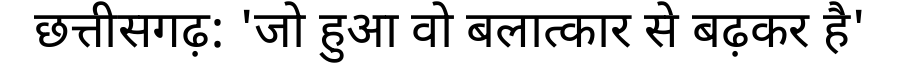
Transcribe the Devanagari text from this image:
छत्तीसगढ़: 'जो हुआ वो बलात्कार से बढ़कर है'